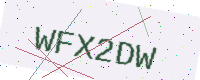
Text: WFX2DW